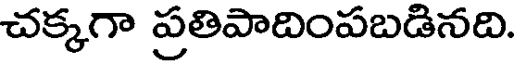
చక్కగా ప్రతిపాదింపబడినది.